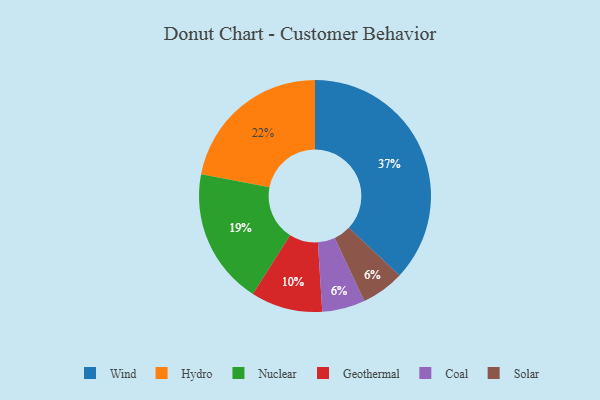
{"axis": {"x": "Category", "y": "Percentage"}, "legend": ["Coal", "Geothermal", "Hydro", "Nuclear", "Solar", "Wind"], "data": [{"x": "Wind", "y": 37, "type": "Wind"}, {"x": "Coal", "y": 6, "type": "Coal"}, {"x": "Solar", "y": 6, "type": "Solar"}, {"x": "Nuclear", "y": 19, "type": "Nuclear"}, {"x": "Hydro", "y": 22, "type": "Hydro"}, {"x": "Geothermal", "y": 10, "type": "Geothermal"}]}